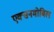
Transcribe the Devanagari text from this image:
एक्सनमोबिल